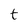
Character: t